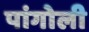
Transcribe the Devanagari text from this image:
पांगोली